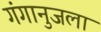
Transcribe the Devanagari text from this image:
गंगानुजला